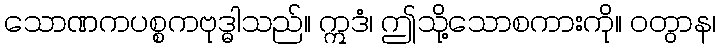
သောဏကပစ္စကဗုဒ္ဓါသည်။ ဣဒံ၊ ဤသို့သောစကားကို။ ဝတွာန၊